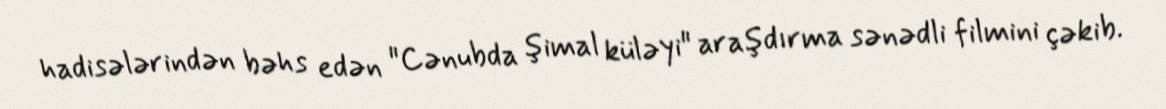
hadisələrindən bəhs edən "Cənubda şimal küləyi" araşdırma sənədli filmini çəkib.